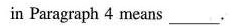
in Paragraph 4 means ___.